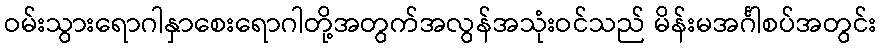
ဝမ်းသွားရောဂါနှာစေးရောဂါတို့အတွက်အလွန်အသုံးဝင်သည် မိန်းမအင်္ဂါစပ်အတွင်း